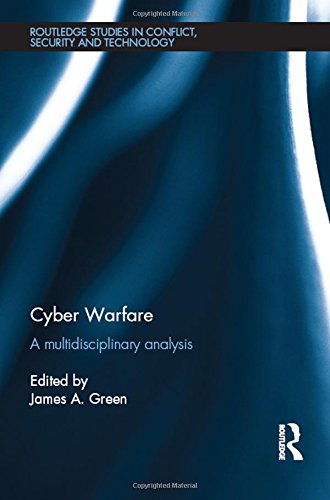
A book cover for Cyber Warfare: A Multidisciplinary Analysis (Routledge Studies in Conflict, Security and Technology); Computers & Technology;